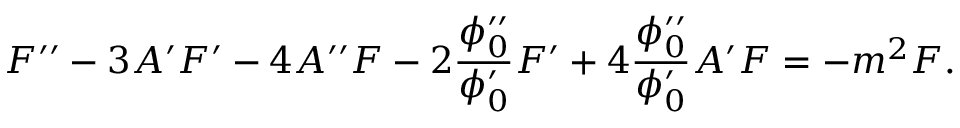
F ^ { \prime \prime } - 3 A ^ { \prime } F ^ { \prime } - 4 A ^ { \prime \prime } F - 2 \frac { \phi _ { 0 } ^ { \prime \prime } } { \phi _ { 0 } ^ { \prime } } F ^ { \prime } + 4 \frac { \phi _ { 0 } ^ { \prime \prime } } { \phi _ { 0 } ^ { \prime } } A ^ { \prime } F = - m ^ { 2 } F .